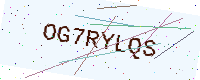
Text: OG7RYLQS